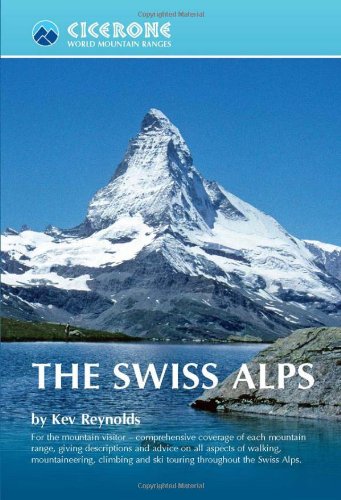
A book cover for The Swiss Alps (World Mountain Ranges); Kev Reynolds; Sports & Outdoors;